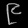
Digit: ၉